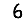
Digit: 6